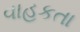
વાહકતા